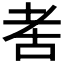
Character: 𬚋